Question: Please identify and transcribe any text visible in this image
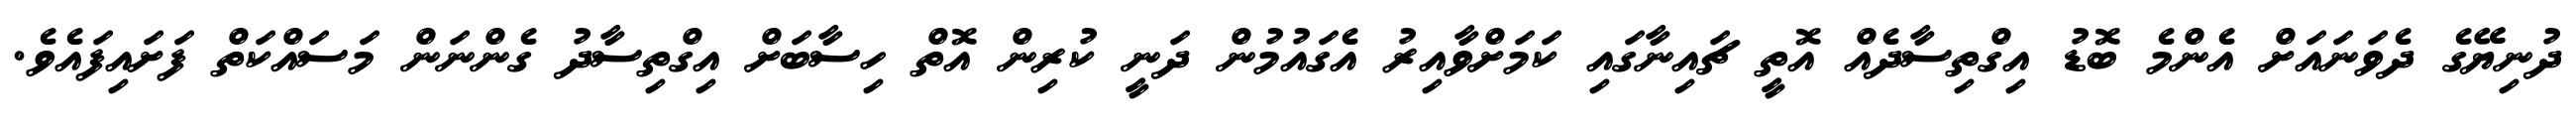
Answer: ދުނިޔޭގެ ދެވަނައަށް އެންމެ ބޮޑު އިގްތިސާދެއް އޮތީ ޗައިނާގައި ކަމަށްވާއިރު އެގައުމުން ދަނީ ކުރިން އޮތް ހިސާބަށް އިގްތިސާދު ގެންނަން މަސައްކަތް ފަށައިފައެވެ.